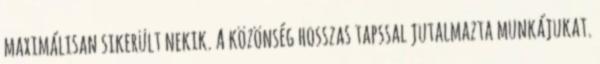
maximálisan sikerült nekik. A közönség hosszas tapssal jutalmazta munkájukat.